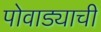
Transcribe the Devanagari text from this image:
पोवाड्याची